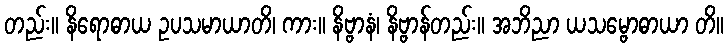
တည်း။ နိရောဓာယ ဥပသမာယာတိ၊ ကား။ နိဗ္ဗာနံ၊ နိဗ္ဗာန်တည်း။ အဘိညာ ယသမ္ဗောဓာယာ တိ။